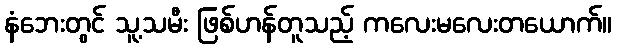
နံဘေးတွင် သူ့သမီး ဖြစ်ဟန်တူသည့် ကလေးမလေးတယောက်။